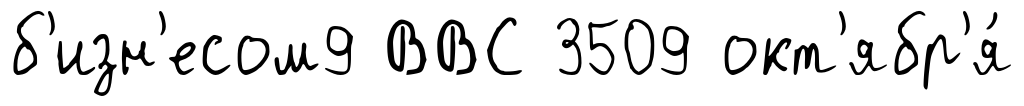
б'изн'есом9 ВВС 3509 окт'ябр'я́